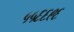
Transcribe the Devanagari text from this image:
५५६६९६